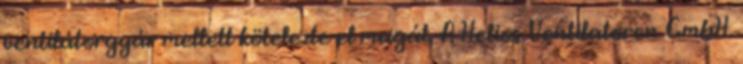
ventilátorgyár mellett kötelezte el magát. A Helios Ventilatoren GmbH.